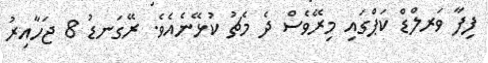
ފިފާ ވަރލްޑް ކަޕްގައި މިރޭވެސް ދެ މެޗު ކުޅޭނެއެވެ. ރޭގަނޑު 8 ޖަހާއިރު